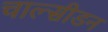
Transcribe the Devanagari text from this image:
चाल्सीडन